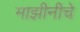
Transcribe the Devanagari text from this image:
माझीनीचे